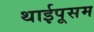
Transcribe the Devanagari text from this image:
थाईपूसम